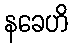
နခေဟိ